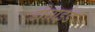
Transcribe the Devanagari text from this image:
डीसाईड